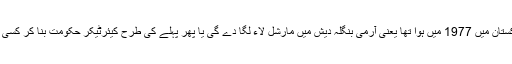
ہمارے خیال میں وہی ہو گا جو پاکستان میں 1977 میں ہوا تھا یعنی آرمی بنگلہ دیش میں مارشل لاء لگا دے گی یا پھر پہلے کی طرح کیئرٹیکر حکومت بنا کر کسی جج کو عبوری سربراہ بنا دے گی۔